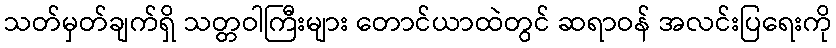
သတ်မှတ်ချက်ရှိ သတ္တဝါကြီးများ တောင်ယာထဲတွင် ဆရာဝန် အလင်းပြရေးကို